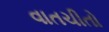
વાતચીતો